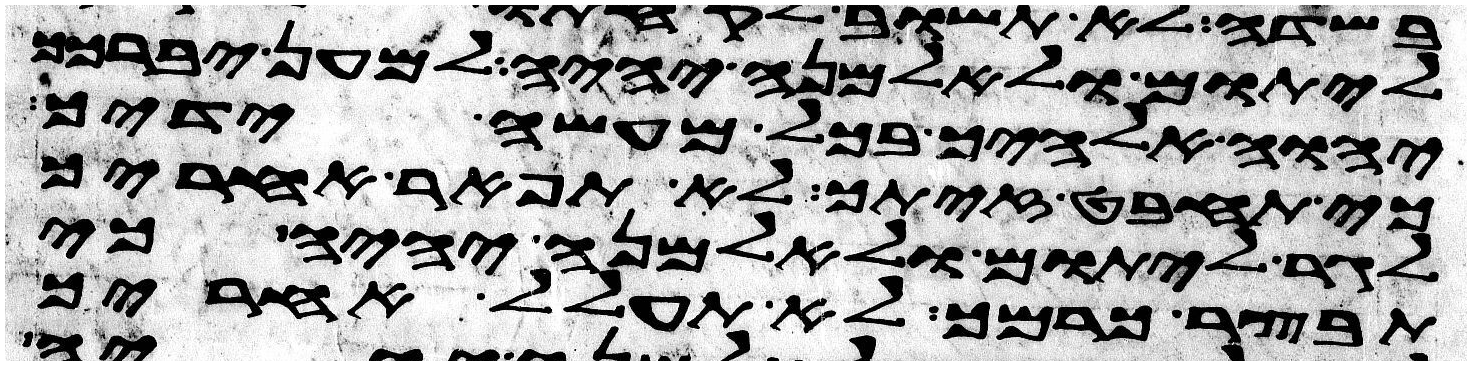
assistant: ליתום ולאלמנה יהיה למען יברכך
יהוה אלהיך בכל מעשה ידיך
כי תחבט זיתך לא תפאר אחריך
לגר ליתום ולאלמנה יהיה כי
תבצר כרמך לא תעולל אחריך